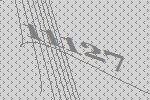
11127